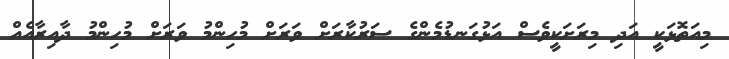
މިއަތޮޅަކީ އަދި މިރަށަކީވެސް އަޅުގަނޑުމެންގެ ސަރުކާރަށް ވަރަށް މުހިންމު ވަރަށް މުހިންމު ދާއިރާއެއް